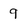
Character: 9